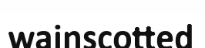
wainscotted